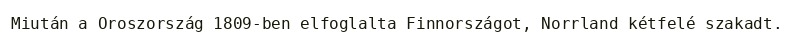
Miután a Oroszország 1809-ben elfoglalta Finnországot, Norrland kétfelé szakadt.